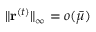
\| \mathbf { r } ^ { ( t ) } \| _ { \infty } = o ( \bar { \mu } )